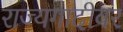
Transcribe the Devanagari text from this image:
राज्यगादीवर